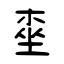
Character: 桽